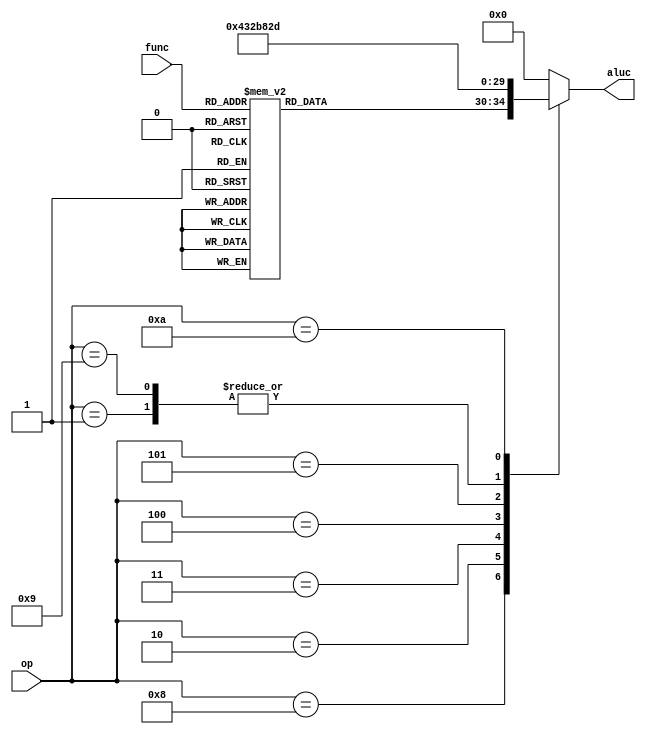
module alt_ctl(op,func,aluc
    );
	input [5:0] op,func;
	output reg [4:0] aluc;
	always @* 
	begin
		case(op)
			6'b001000 : begin
				case(func)
					6'b100000 : aluc =  0;	//add
					6'b100010 : aluc =  1;	//sub
					6'b100100 : aluc =  2;	//and
					6'b100101 : aluc =  3;	//or
					6'b100110 : aluc =  4;	//xor
					6'b101010 : aluc =  5;	//slt
					6'b000000 : aluc =  6;	//sll
					6'b000100 : aluc =  7;	//sllv
					6'b000011 : aluc =  8;	//sra
					6'b000111 : aluc =  9;	//srav
					6'b000010 : aluc = 10;	//srl
					6'b000110 : aluc = 11;	//srlv
					6'b000001 : aluc = 12;	//slc
					6'b000010 : aluc = 13;	//slcv
					6'b011011 : aluc = 14; //nor
					default   : aluc =  0;
				endcase
			end
			6'b000000 : aluc =  0;
			6'b000001 : aluc =  1;
			6'b000010 : aluc =  2;
			6'b000011 : aluc =  3;
			6'b000100 : aluc =  5;
			6'b000101 : aluc = 14;
			6'b001001 : aluc =  1;
			6'b001010 : aluc =  13;//lui
			default : aluc = 0;
		endcase
	end
	
endmodule